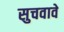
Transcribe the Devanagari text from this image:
सुचवावे